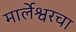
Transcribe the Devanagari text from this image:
मार्लेश्वरचा